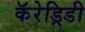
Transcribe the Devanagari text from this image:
कॅरेड्रिडी